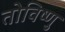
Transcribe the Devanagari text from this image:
तोविष्णु